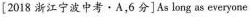
[2018 浙江宁波中考.A,6 分]As long as everyone